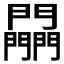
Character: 𨷮